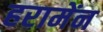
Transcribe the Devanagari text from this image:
हरामेंन